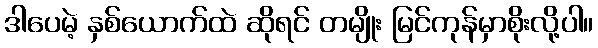
ဒါပေမဲ့ နှစ်ယောက်ထဲ ဆိုရင် တမျိုး မြင်ကုန်မှာစိုးလို့ပါ။